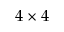
4 \times 4